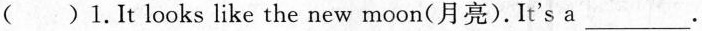
( )1.It looks like the new moon(月亮).It's a ___.